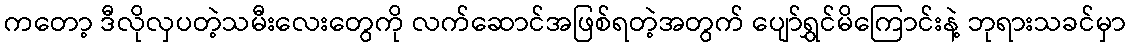
ကတော့ ဒီလိုလှပတဲ့သမီးလေးတွေကို လက်ဆောင်အဖြစ်ရတဲ့အတွက် ပျော်ရွှင်မိကြောင်းနဲ့ ဘုရားသခင်မှာ